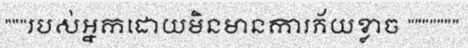
"""របស់អ្នកដោយមិនមានការភ័យខ្លាច """""""